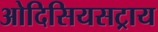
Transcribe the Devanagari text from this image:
ओदिसियसट्राय